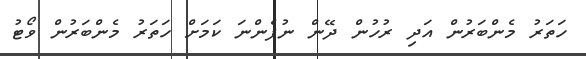
ހަތަރު މެންބަރުން އަދި ރުހުން ދޭން ނުފެންނަ ކަމަށް ހަތަރު މެންބަރުން ވޯޓު